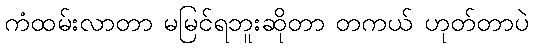
ကံထမ်းလာတာ မမြင်ရဘူးဆိုတာ တကယ် ဟုတ်တာပဲ